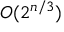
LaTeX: O ( 2 ^ { n / 3 } )